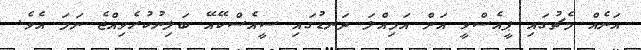
އަނެއް މެޗުގައި ޕީއެސްވީ އަށް އަމިއްލަ ދަނޑުގައި ސީއެސްކޭއޭ ބަލިނުކުރެވިއްޖެ ނަމަ އެވެ.